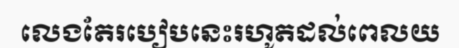
លេងតែរបៀបនេះរហូតដល់ពេលយ